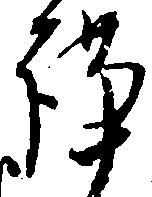
謹